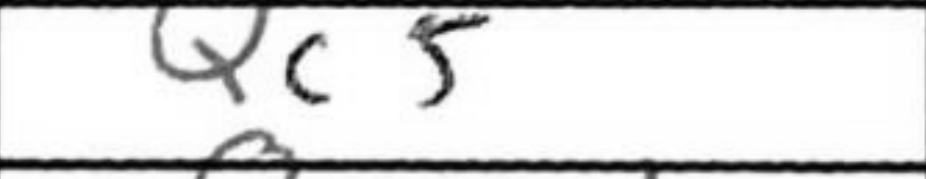
Transcription: Qc5